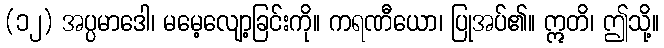
(၁၂) အပ္ပမာဒေါ၊ မမေ့လျော့ခြင်းကို။ ကရဏီယော၊ ပြုအပ်၏။ ဣတိ၊ ဤသို့။